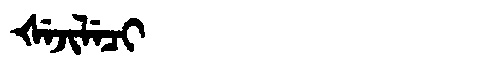
Manchu: ᡧᡝᠵᡳᠯᡝᠴᡳ
Romanization: ŠEJILECI